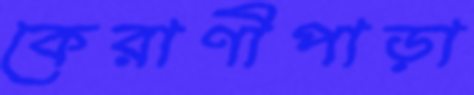
কেরাণীপাড়া